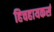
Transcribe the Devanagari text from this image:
हिचहायकर्स